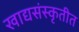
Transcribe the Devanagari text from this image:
खाद्यसंस्कृतीत